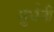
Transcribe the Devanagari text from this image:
मुर्धनी